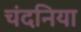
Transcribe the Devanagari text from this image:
चंदनिया